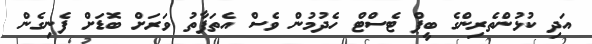
އަދި ކުޅުންތެރިންގެ ބީޕް ޓެސްޓް ހެދުމުން ވެސް އެތަފާތު ވަރަށް ބޮޑަށް ފެނިގެން